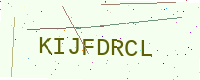
Text: KIJFDRCL